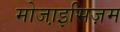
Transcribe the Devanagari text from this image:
मोजा़इसिज़म